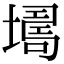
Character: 𡑏